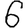
Digit: 6